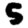
Digit: 5